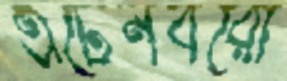
এটেনবরো